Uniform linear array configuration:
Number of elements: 8
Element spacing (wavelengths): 1
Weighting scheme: kaiser
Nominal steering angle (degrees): -15
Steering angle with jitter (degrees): -15.977
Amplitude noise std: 0.05
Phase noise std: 0.05

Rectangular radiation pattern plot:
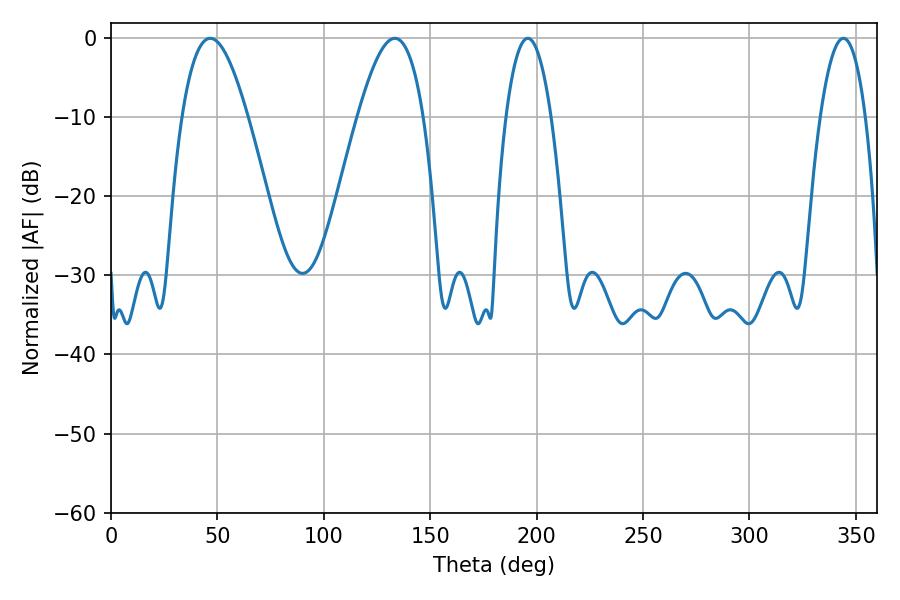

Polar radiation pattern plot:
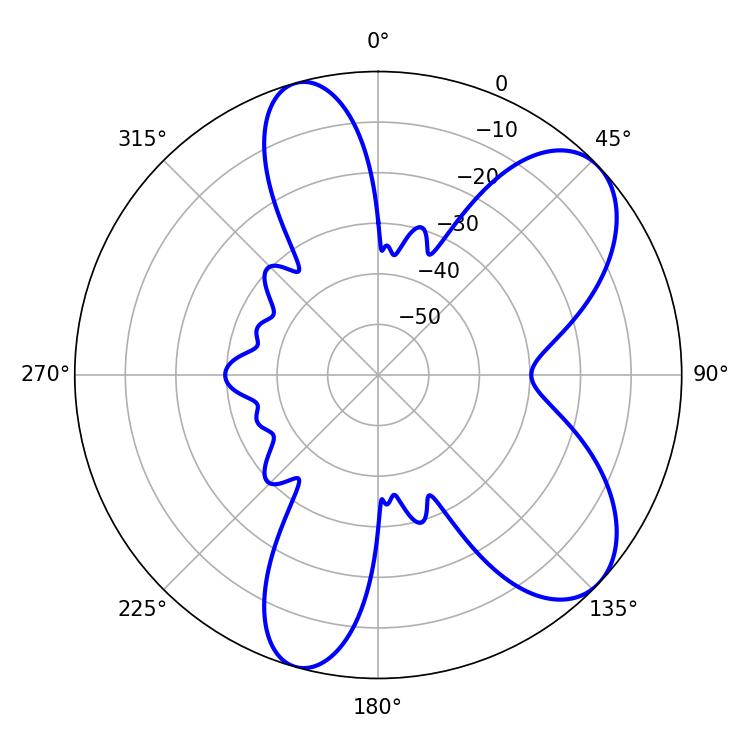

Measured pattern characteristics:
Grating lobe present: TRUE
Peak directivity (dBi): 7.606
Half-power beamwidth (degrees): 11.7
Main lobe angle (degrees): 195.84